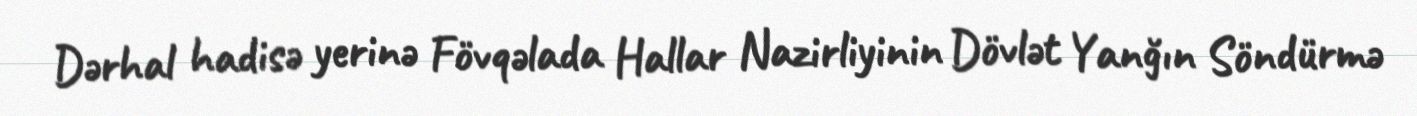
Dərhal hadisə yerinə Fövqəlada Hallar Nazirliyinin Dövlət Yanğın Söndürmə